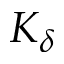
K _ { \delta }